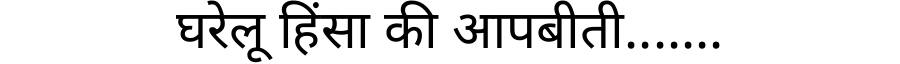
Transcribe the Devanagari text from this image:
घरेलू हिंसा की आपबीती.......